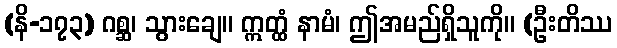
(နိ-၁၇၃) ဂစ္ဆ၊ သွားချေ။ ဣတ္ထံ နာမံ၊ ဤအမည်ရှိသူကို။ (ဦးတိဿ